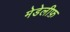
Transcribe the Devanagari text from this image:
मेडेलीफ़